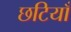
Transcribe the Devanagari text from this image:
छटियाँ